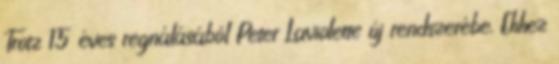
Trotz 15 éves regnálásából Peter Laviolette új rendszerébe. Ehhez